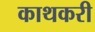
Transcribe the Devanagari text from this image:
काथकरी